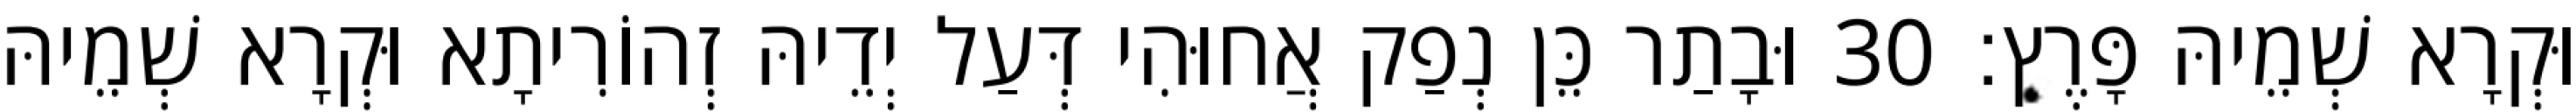
וּקְרָא שְׁמֵיהּ פָּרֶץ׃ 30 וּבָתַר כֵּן נְפַק אֲחוּהִי דְּעַל יְדֵיהּ זְהוֹרִיתָא וּקְרָא שְׁמֵיהּ